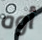
أوه